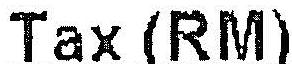
TAX (RM)